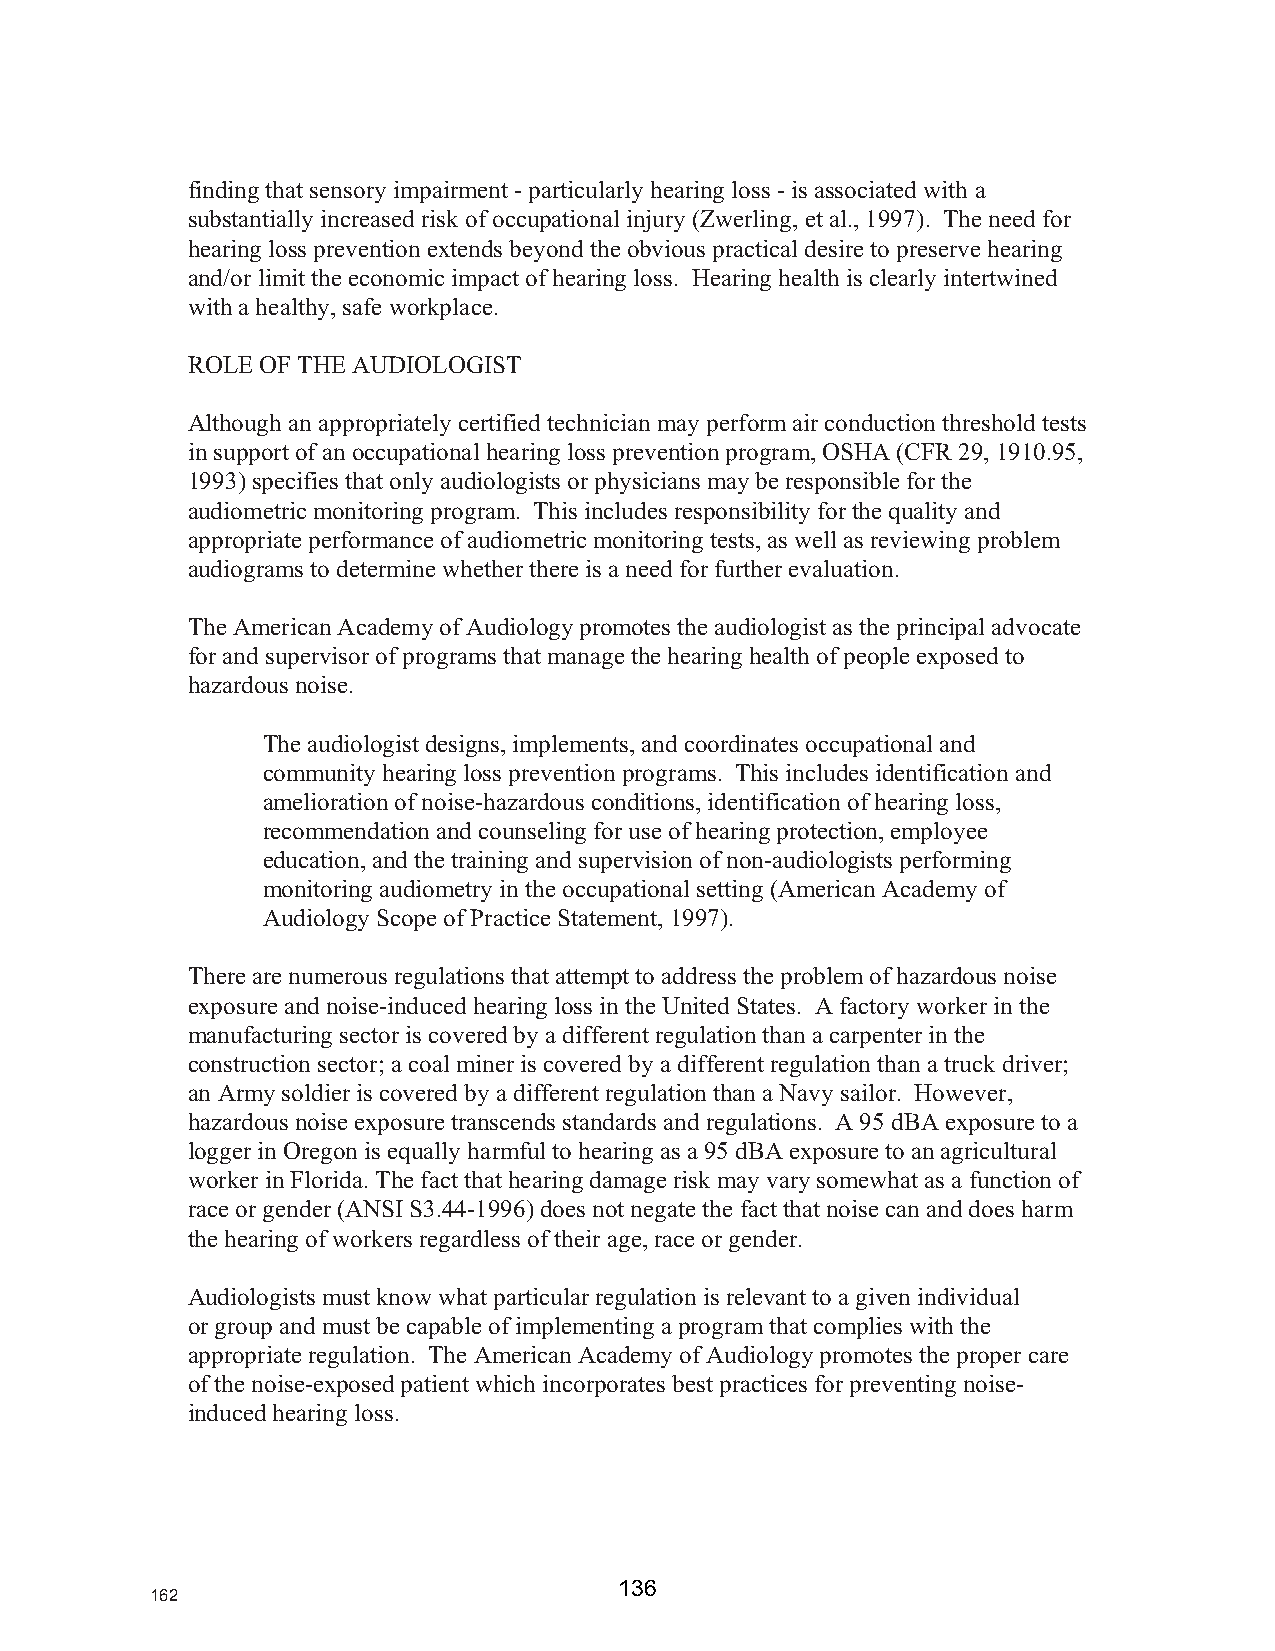
finding that sensory impairment - particularly hearing loss - is associated with a
 substantially increased risk of occupational injury (Zwerling, et al., 1997). The need for
 hearing loss prevention extends beyond the obvious practical desire to preserve hearing
 and/or limit the economic impact of hearing loss. Hearing health is clearly intertwined
 with a healthy, safe workplace.
 ROLE OF THE AUDIOLOGIST
 Although an appropriately certified technician may perform air conduction threshold tests
 in support of an occupational hearing loss prevention program, OSHA (CFR 29, 1910.95,
 1993) specifies that only audiologists or physicians may be responsible for the
 audiometric monitoring program. This includes responsibility for the quality and
 appropriate performance of audiometric monitoring tests, as well as reviewing problem
 audiograms to determine whether there is a need for further evaluation.
 The American Academy of Audiology promotes the audiologist as the principal advocate
 for and supervisor of programs that manage the hearing health of people exposed to
 hazardous noise.
 The audiologist designs, implements, and coordinates occupational and
 community hearing loss prevention programs. This includes identification and
 amelioration of noise-hazardous conditions, identification of hearing loss,
 recommendation and counseling for use of hearing protection, employee
 education, and the training and supervision of non-audiologists performing
 monitoring audiometry in the occupational setting (American Academy of
 Audiology Scope of Practice Statement, 1997).
 There are numerous regulations that attempt to address the problem of hazardous noise
 exposure and noise-induced hearing loss in the United States. A factory worker in the
 manufacturing sector is covered by a different regulation than a carpenter in the
 construction sector; a coal miner is covered by a different regulation than a truck driver;
 an Army soldier is covered by a different regulation than a Navy sailor. However,
 hazardous noise exposure transcends standards and regulations. A 95 dBA exposure to a
 logger in Oregon is equally harmful to hearing as a 95 dBA exposure to an agricultural
 worker in Florida. The fact that hearing damage risk may vary somewhat as a function of
 race or gender (ANSI S3.44-1996) does not negate the fact that noise can and does harm
 the hearing of workers regardless of their age, race or gender.
 Audiologists must know what particular regulation is relevant to a given individual
 or group and must be capable of implementing a program that complies with the
 appropriate regulation. The American Academy of Audiology promotes the proper care
 of the noise-exposed patient which incorporates best practices for preventing noise-
 induced hearing loss.
 162                            136